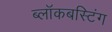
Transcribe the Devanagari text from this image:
ब्लॉकबस्टिंग